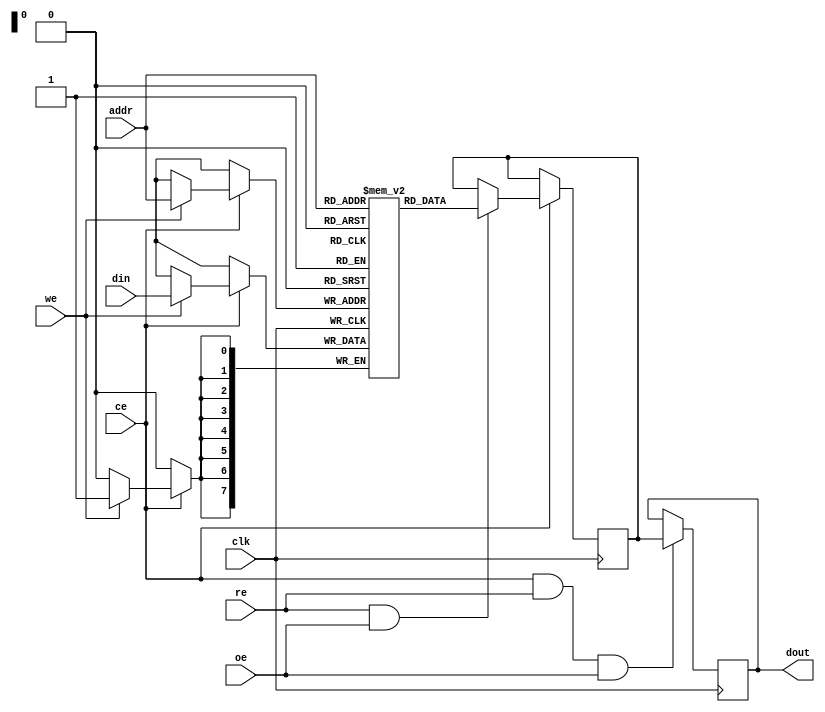
module sync_sram #(
    parameter DATA_WIDTH = 8,    // Configurable data width (8, 16, 32 bits)
    parameter ADDR_WIDTH = 8,     // Address width (supports up to 2^ADDR_WIDTH locations)
    parameter MEM_SIZE = (1 << ADDR_WIDTH)  // Total memory size
)(
    input wire clk,                  // System clock
    input wire we,                   // Write enable (active high)
    input wire re,                   // Read enable (active high)
    input wire [ADDR_WIDTH-1:0] addr, // Address bus
    input wire [DATA_WIDTH-1:0] din,  // Data input bus
    output reg [DATA_WIDTH-1:0] dout, // Data output bus
    input wire ce,                   // Chip enable (active high)
    input wire oe                    // Output enable (active high)
);

    // Memory array: 2D array of memory cells
    reg [DATA_WIDTH-1:0] memory [0:MEM_SIZE-1];

    // Internal control signals
    reg [DATA_WIDTH-1:0] data_out_buf;

    always @(posedge clk) begin
        if (ce) begin
            if (we) begin
                // Write operation
                memory[addr] <= din;
            end
            
            if (re && oe) begin
                // Read operation
                data_out_buf <= memory[addr];
            end
        end
    end

    // Output data register
    always @(posedge clk) begin
        if (ce && re && oe) begin
            dout <= data_out_buf; // Latch data on clock edge during read
        end
    end

endmodule